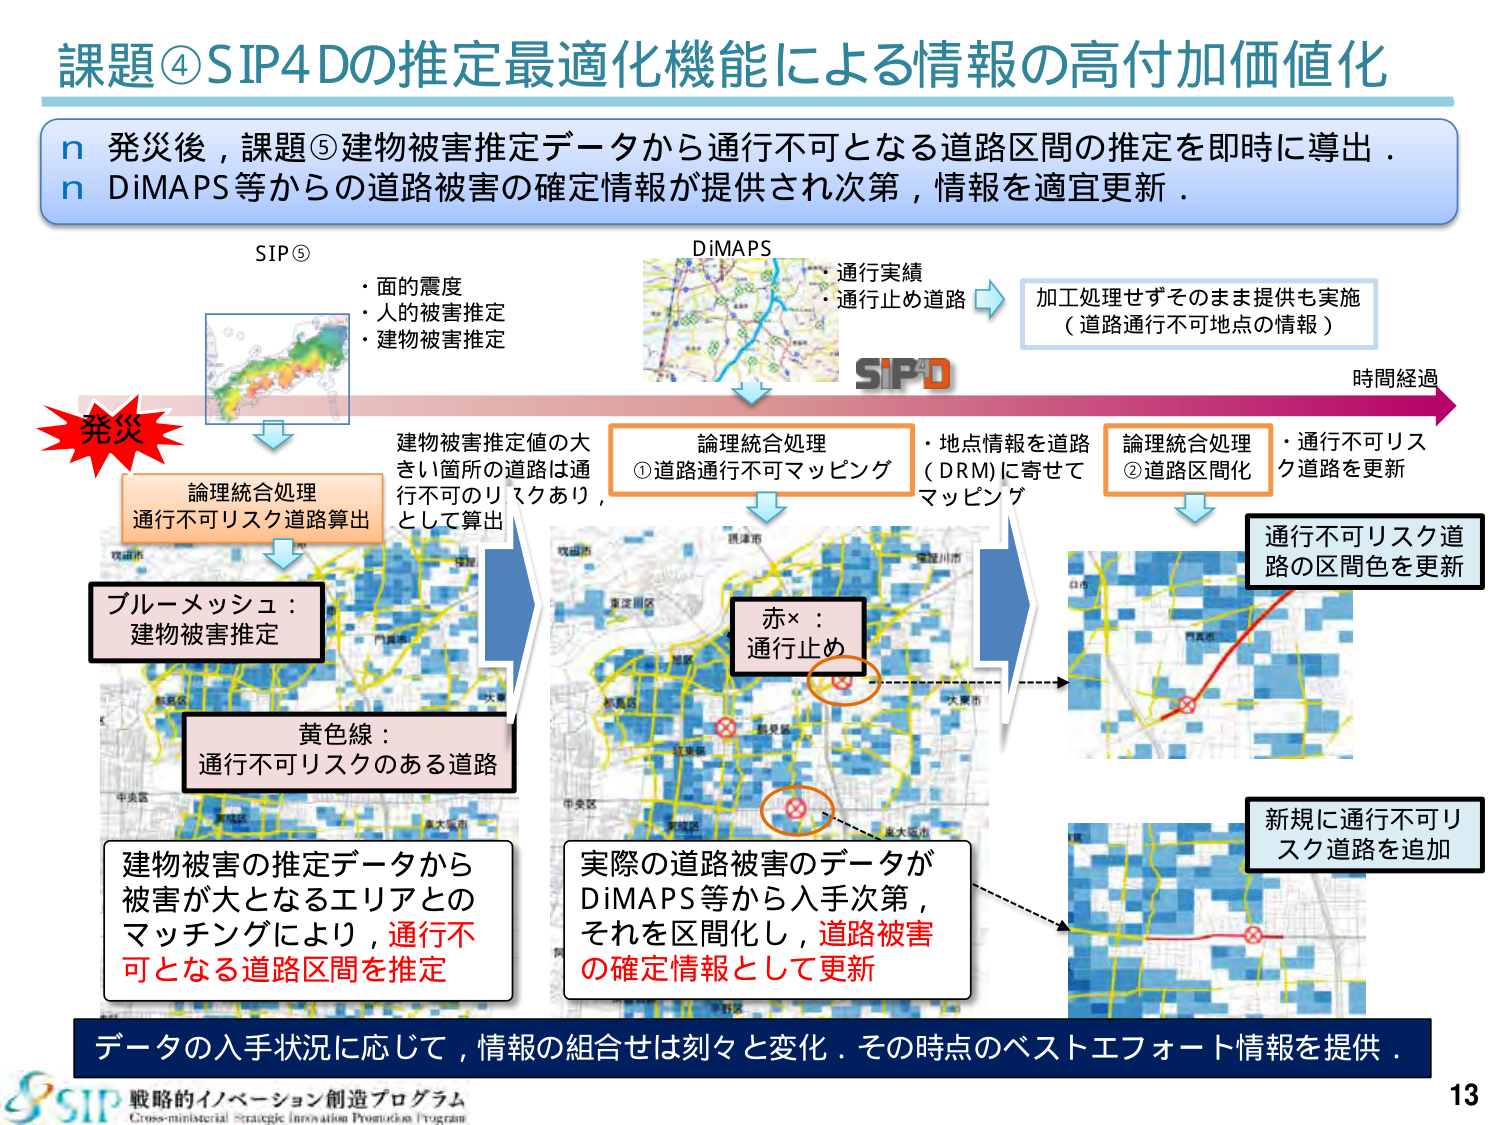
課題④SIP4Dの推定最適化機能による情報の高付加価値化

n 発災後，課題⑤建物被害推定データから通行不可となる道路区間の推定を即時に導出．
n DiMAPS等からの道路被害の確定情報が提供され次第，情報を適宜更新．

SIP⑤
・面の震度
・人的被害推定
・建物被害推定

DiMAPS
・通行実績
・通行止め道路

加工処理せずそのまま提供も実施
（道路通行不可地点の情報）

発災

論理統合処理
通行不可リスク道路算出

ブルーメッシュ：
建物被害推定

黄色線：
通行不可リスクのある道路

建物被害の推定データから
被害が大となるエリアとの
マッチングにより，通行不
可となる道路区間を推定

論理統合処理
①道路通行不可マッピング

赤×：
通行止め

・地点情報を道路
（DRM）に寄せて
マッピング

論理統合処理
②道路区間化

・通行不可リスク
道路を更新

時間経過

通行不可リスク道
路の区間色を更新

実際の道路被害のデータが
DiMAPS等から入手次第，
それを区間化し，道路被害
の確定情報として更新

新規に通行不可リ
スク道路を追加

データの入手状況に応じて，情報の組合せは刻々と変化．その時点のベストエフォート情報を提供．

戦略的イノベーション創造プログラム
Cross-ministerial Strategic Innovation Promotion Program

13